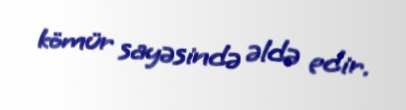
kömür sayəsində əldə edir.